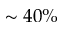
\sim 4 0 \%